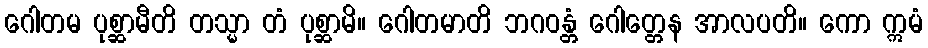
ဂေါတမ ပုစ္ဆာမီတိ တသ္မာ တံ ပုစ္ဆာမိ။ ဂေါတမာတိ ဘဂဝန္တံ ဂေါတ္တေန အာလပတိ။ ကော ဣမံ